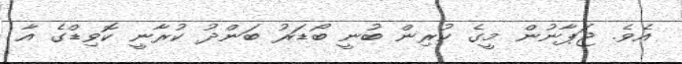
އެވެ. ޖަޕާނުން މީގެ ކުރިން ބުނީ ބޯޑަރު ބަންދު ކުރާނީ ކޮވިޑްގެ އާ